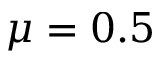
\mu = 0 . 5